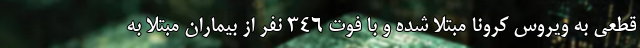
قطعی به ویروس کرونا مبتلا شده و با فوت ۳۴۶ نفر از بیماران مبتلا به